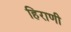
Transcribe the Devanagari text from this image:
हिराणी